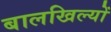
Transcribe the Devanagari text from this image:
बालखिल्यों